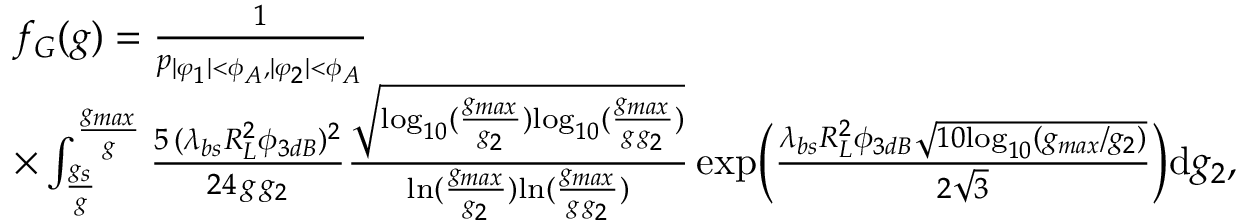
\begin{array} { r l } & { f _ { G } ( g ) = \frac { 1 } { p _ { | \varphi _ { 1 } | < \phi _ { A } , | \varphi _ { 2 } | < \phi _ { A } } } } \\ & { \times \int _ { \frac { g _ { s } } { g } } ^ { \frac { g _ { m a x } } { g } } \frac { 5 \, ( \lambda _ { b s } R _ { L } ^ { 2 } \phi _ { 3 d B } ) ^ { 2 } } { 2 4 \, g \, g _ { 2 } } \frac { \sqrt { \mathrm { { l o g } } _ { 1 0 } ( \frac { g _ { m a x } } { g _ { 2 } } ) { \mathrm { l o g } } _ { 1 0 } ( \frac { g _ { m a x } } { g \, g _ { 2 } } ) } } { \mathrm { { l n } } ( \frac { g _ { m a x } } { g _ { 2 } } ) { \mathrm { l n } } ( \frac { g _ { m a x } } { g \, g _ { 2 } } ) } \, \mathrm { { e x p } } \Big ( \frac { \lambda _ { b s } R _ { L } ^ { 2 } \phi _ { 3 d B } \sqrt { 1 0 { \mathrm { l o g } } _ { 1 0 } ( g _ { m a x } / g _ { 2 } ) } } { 2 \sqrt { 3 } } \Big ) \mathrm { d } g _ { 2 } , } \end{array}